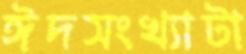
ঈদসংখ্যাটা